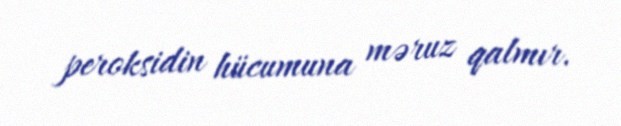
peroksidin hücumuna məruz qalmır.